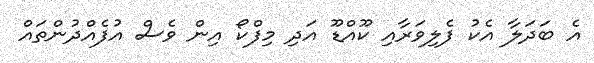
އެ ބަދަލާ އެކު ފެލިވަރާއި ކޫއްޑޫ އަދި މިފްކޯ އިން ވެސް އުފެއްދުންތައް